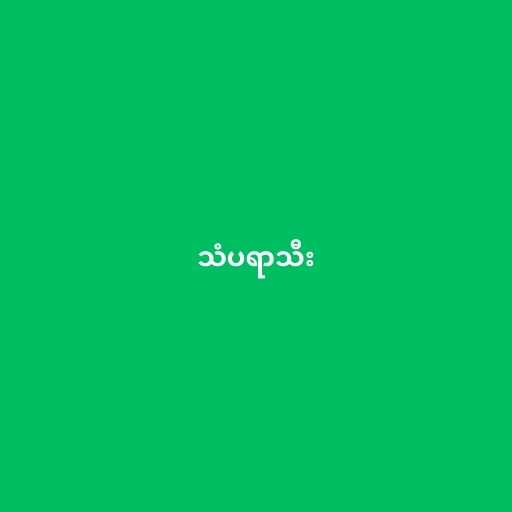
သံပရာသီး